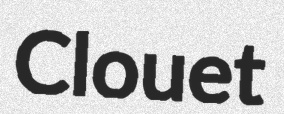
Clouet